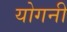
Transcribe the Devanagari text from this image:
योगनी